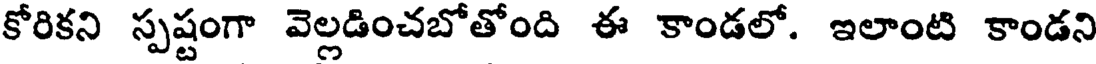
కోరికని స్పష్టంగా వెల్లడించబోతోంది ఈ కాండలో. ఇలాంటి కాండని